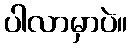
ပါလာမှာပဲ။